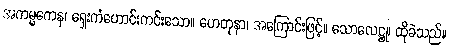
အကမ္မကေန၊ ရှေးကံဟောင်းကင်းသော။ ဟေတုနာ၊ အကြောင်းဖြင့်။ သောလေဋ္ဌု၊ ထိုခဲသည်။